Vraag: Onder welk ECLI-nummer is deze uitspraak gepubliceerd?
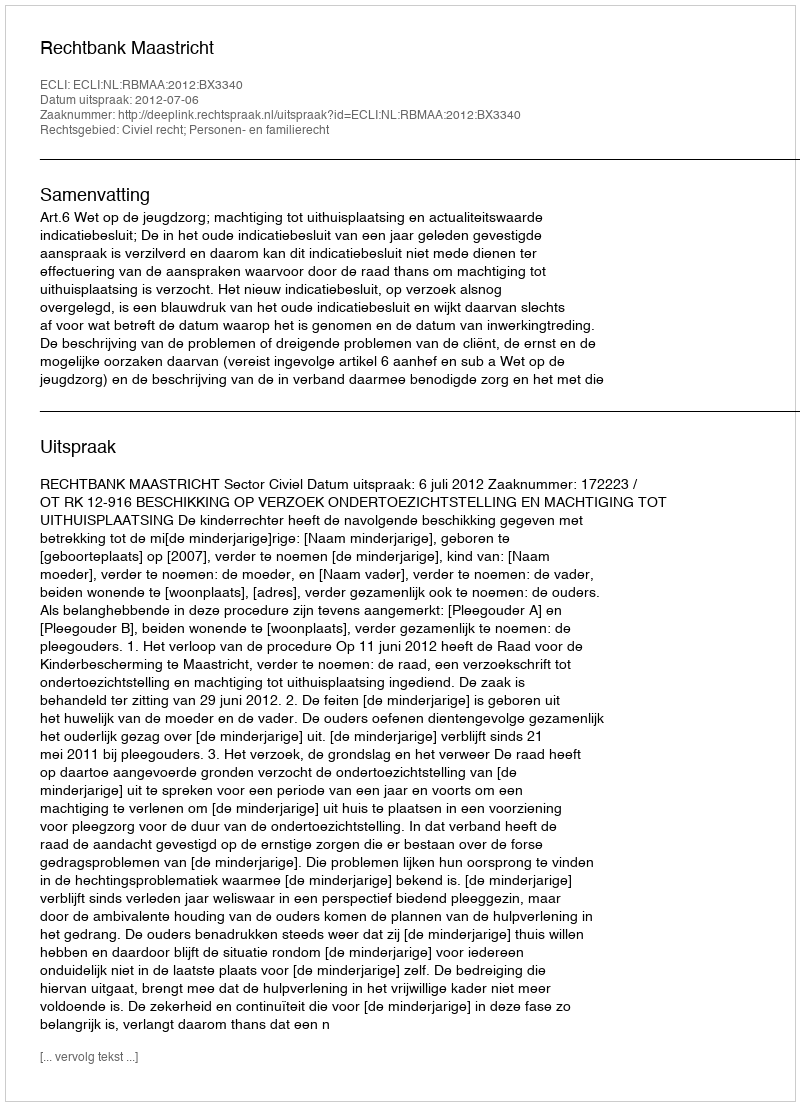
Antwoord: ECLI:NL:RBMAA:2012:BX3340